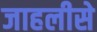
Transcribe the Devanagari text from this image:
जाहलीसे